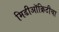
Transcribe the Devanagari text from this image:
मिडीऑक्रिटीचा